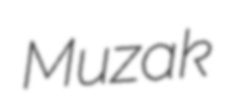
Muzak